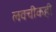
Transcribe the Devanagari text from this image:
लवचीकही